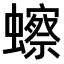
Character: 𫟗